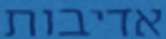
אדיבות